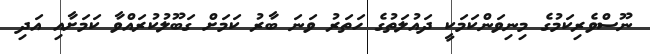
ނޫސްވެރިކަމުގެ މިނިވަންކަމަކީ ދައުލަތުގެ ހަތަރު ވަނަ ބާރު ކަމަށް ގަބޫލުކުރައްވާ ކަމަށާއި އަދި